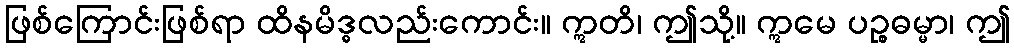
ဖြစ်ကြောင်းဖြစ်ရာ ထိနမိဒ္ဓလည်းကောင်း။ ဣတိ၊ ဤသို့။ ဣမေ ပဉ္စဓမ္မာ၊ ဤ